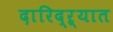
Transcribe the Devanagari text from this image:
दारिद्‌ऱ्यात